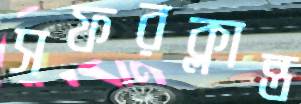
সফরক্লান্ত